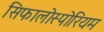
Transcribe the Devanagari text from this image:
सिफालोस्पोरियम